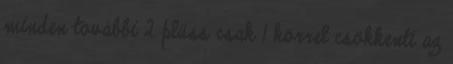
minden további 2 plüss csak 1 körrel csökkenti az